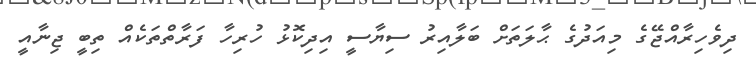
ދިވެހިރާއްޖޭގެ މިއަދުގެ ޙާލަތަށް ބަލާއިރު ސިޔާސީ އިދިކޮޅު ހުރިހާ ފަރާތްތަކެއް ތިބީ ޖިނާއީ